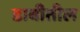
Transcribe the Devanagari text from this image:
डाबीतील